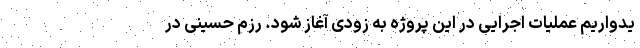
یدواریم عملیات اجرایی در این پروژه به زودی آغاز شود. رزم حسینی در